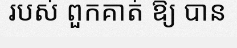
របស់ ពួកគាត់ ឱ្យ បាន